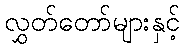
လွှတ်တော်များနှင့်